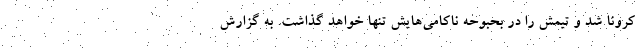
کرونا شد و تیمش را در بحبوحه ناکامی‌هایش تنها خواهد گذاشت. به گزارش